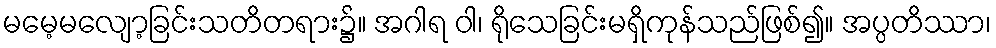
မမေ့မလျော့ခြင်းသတိတရား၌။ အဂါရ ဝါ၊ ရိုသေခြင်းမရှိကုန်သည်ဖြစ်၍။ အပ္ပတိဿာ၊